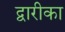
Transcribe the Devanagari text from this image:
द्वारीका